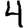
Digit: 4